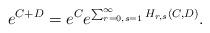
LaTeX: \begin{align*} e^{C+D}= e^C e^{\sum_{r=0,s=1}^\infty H_{r,s}(C,D)}.\end{align*}